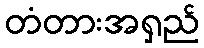
တံတားအရှည်